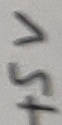
Text: +5V